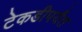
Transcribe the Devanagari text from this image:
टेकडीपर्यंत